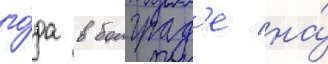
го́да в болград'е на́